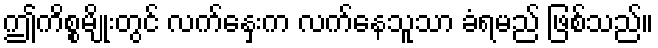
ဤကိစ္စမျိုးတွင် လက်နှေးက လက်နေသူသာ ခံရမည် ဖြစ်သည်။